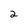
Character: 2